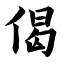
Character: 偈